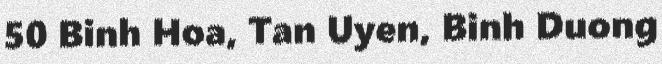
50 Binh Hoa, Tan Uyen, Binh Duong